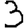
Digit: 3